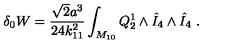
\delta _ { 0 } W = { \frac { \sqrt 2 a ^ { 3 } } { 2 4 k _ { 1 1 } ^ { 2 } } } \int _ { M _ { 1 0 } } Q _ { 2 } ^ { 1 } \wedge { \hat { I } } _ { 4 } \wedge { \hat { I } } _ { 4 } \ .